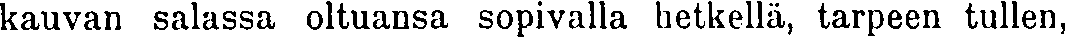
kauvan salassa oltuansa sopivalla hetkellä, tarpeen tullen,